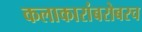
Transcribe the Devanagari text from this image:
कलाकारांबरोबरच